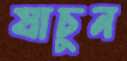
যাচুন